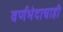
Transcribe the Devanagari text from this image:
वर्णभेदाचाही